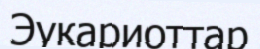
Эукариоттар